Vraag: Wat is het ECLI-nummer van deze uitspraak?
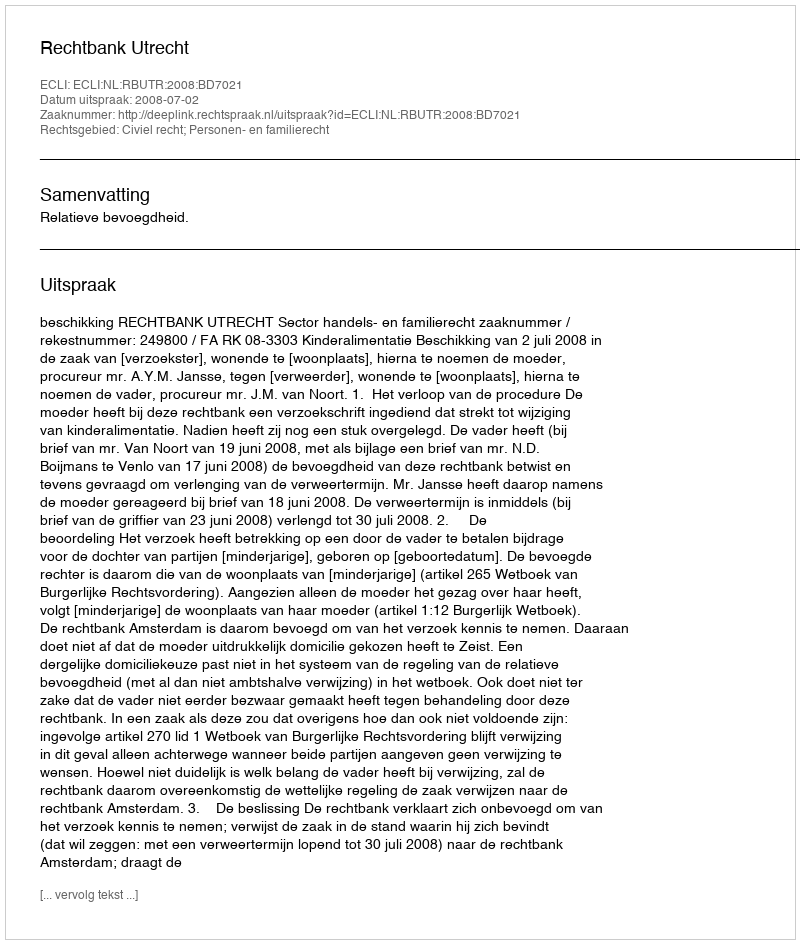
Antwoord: ECLI:NL:RBUTR:2008:BD7021